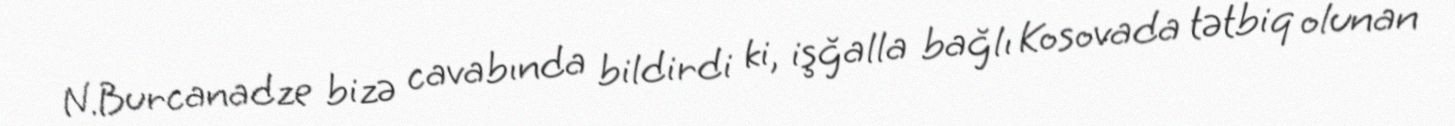
N.Burcanadze bizə cavabında bildirdi ki, işğalla bağlı Kosovada tətbiq olunan